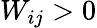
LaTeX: W_{ij}>0